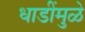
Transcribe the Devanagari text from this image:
धाडींमुळे